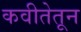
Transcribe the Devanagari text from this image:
कवीतेतून